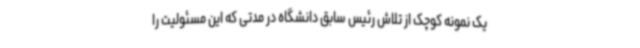
یک نمونه کوچک از تلاش رئیس سابق دانشگاه در مدتی که این مسئولیت را